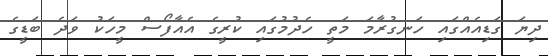
ދިޔަ ގަޑިއެއްގައި ހަނގުރާމަ މަތީ ހެދުމުގައި ކުރީގެ އެއާފޯސް މީހަކު ވަދެ ބަޑީގެ